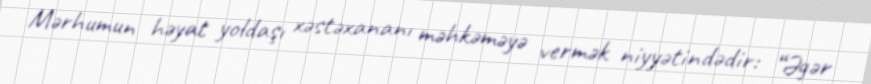
Mərhumun həyat yoldaşı xəstəxananı məhkəməyə vermək niyyətindədir: “Əgər